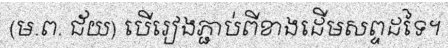
(ម.ព. ជ័យ) បើរៀងភ្ជាប់ពីខាងដើមសព្ទដទៃ។